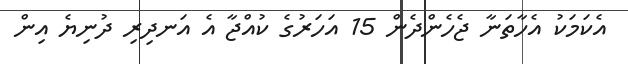
އެކަމަކު އެހާތަނާ ޖެހެންދެން 15 އަހަރުގެ ކުއްޖާ އެ އަނދިރި ދުނިޔެ އިން